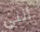
أنني